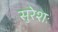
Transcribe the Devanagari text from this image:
सुरेशः